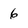
Character: 6